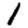
Digit: 1